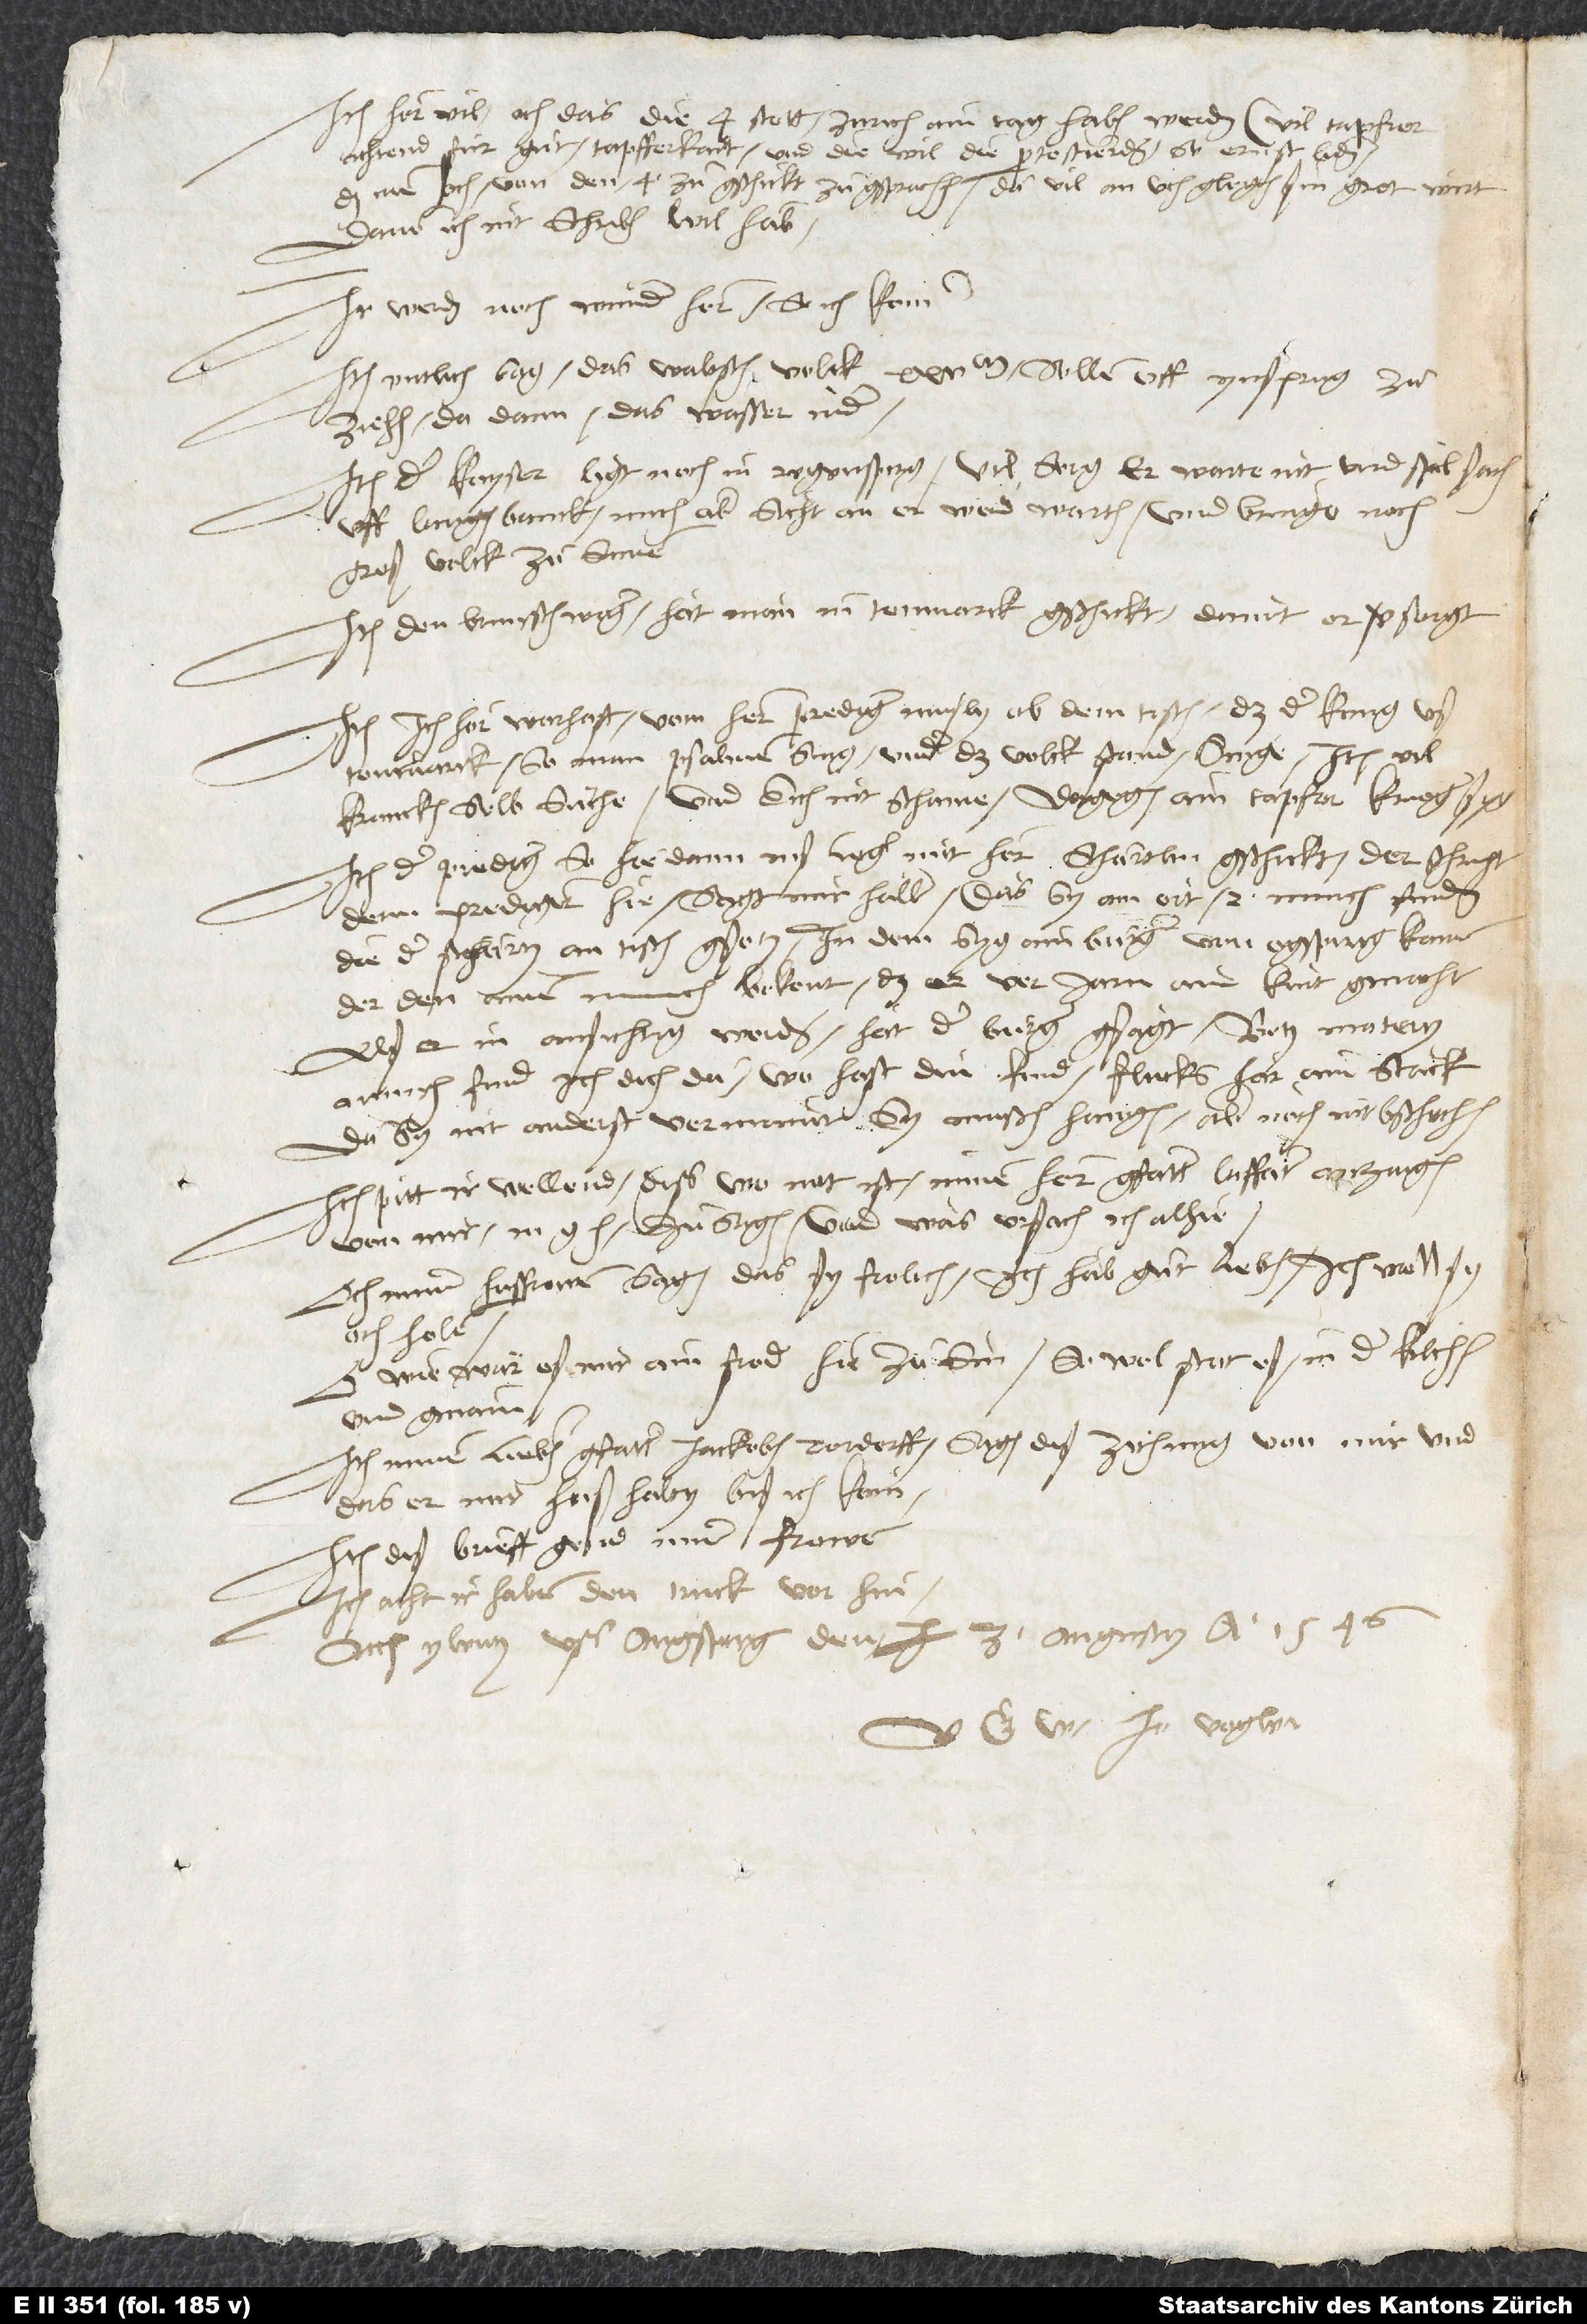
Item hör vil och das die 4 statt Zurich ain tag haben werden. Vil tapfrer
achtend für guten tapfferkait. Und diewil die protestierden so ernst liden,
das inen och von den 4 zugschickt, zugsprochen, da vil an uch glegen sin, gret wirt;
davon ich nit schriben wil hab.
Ir werden noch wunder horn, so ich komm.
Item entlich sag, das waltsch volck 25’000 sollen uff Ynsprug
zuziehen, da dann das wasser nider.
Item der kayser ligt noch in Regenspurg. Vil sorg, er warte nit und spil sach
uff langen banck. Mich aber sicht an, er werd warten und bringe noch
groß volck zusamen.
Item den Brunschwiger hat man in Tenmarck gschickt, damit er versorgt.
Item ich hör warhaft vom hern prediger Musly ob dem tisch, das der kung uß
Tenmarck, so man psalmen sing, under das volck stand, singe, item vil
krancken selb säche, und sich nit schame, dorgegen ain tapfer krieger syg.
Item der prediger, so hie dann inß leger mit hern Schärtlin gschickt, der schript
denn predigern hie, sagt mir Haller, das sy am ort 2 munch funden,
die der Schärtli an tisch gsetz. In dem syg ain burger von Ogspurg komen,
der den ainen munch bekent, das er vor jarn ain kint gmacht.
Alß er in ansichtig worden, hat der burger gsagt: „Botz martern,
munch! Find ich dich da! Wo hast din kind? Flucks här ain strick!“,
da sy nit anderst vermaint, sy mußen hangen. Aber noch nit bschechen.
Item pitt, ir wellend diß, wo not ist, minem hern gfatter Laffater anzaigen,
Och miner husfrowen sagen, das sy frolich. Ich hab gut leben; ich well sy
wie wär eß mir ain frod, hie zu sin! So wol stat eß in der kilchen
und gmain!
Item minem lieben gfatter Jackoben Rordorff sagen diß zithung von mir, und
das er mir huß halty, biß ich kom.
Item diß brieff gend miner frowen.
Item acht, ir haben den truck vorhin.
Actum ylentz uss Augspurg, den 3. augustus anno 1546.